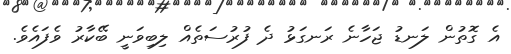
އެ ގޮތުން ލަނޑު ޖަހާނެ ރަނގަޅު ދެ ފުރުސަތެއް ލިބިވަނީ ބޭކާރު ވެފައެވެ.